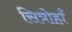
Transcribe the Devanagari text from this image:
सित्रोहाँ